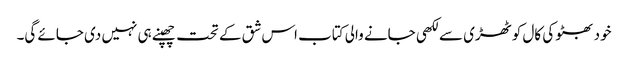
خود بھٹو کی کال کوٹھڑی سے لکھی جانے والی کتاب اس شق کے تحت چھپنے ہی نہیں دی جائے گی۔